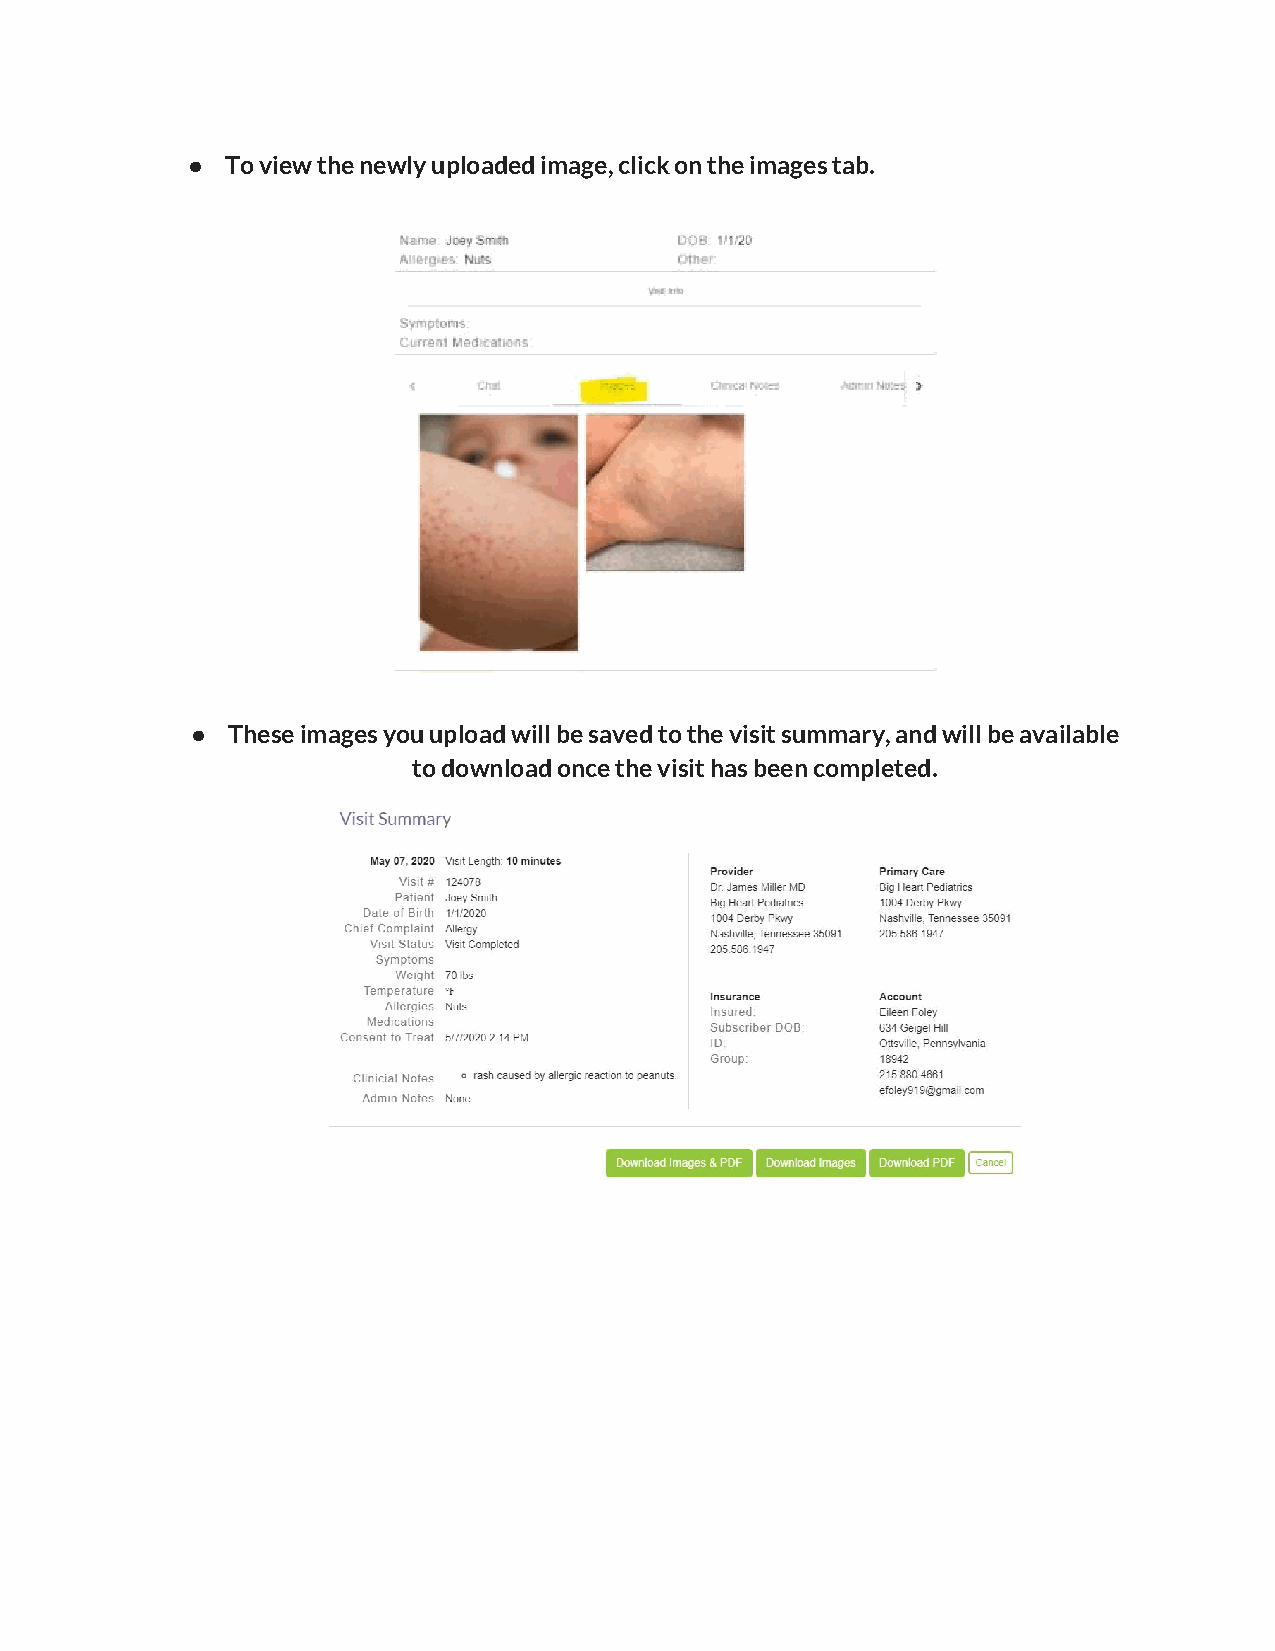
●  To view the newly uploaded image, click on the images tab.
 ● These images you upload will be saved to the visit summary, and will be available
 to download once the visit has been completed.